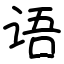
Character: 语